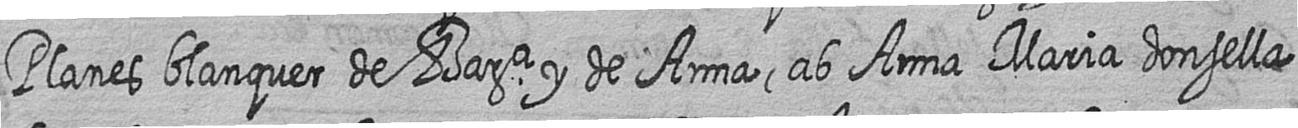
Planes blanquer de Bara y de Anna ab Anna Maria donsella